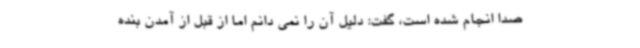
صدا انجام شده است، گفت: دلیل آن را نمی دانم اما از قبل از آمدن بنده